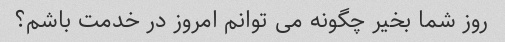
روز شما بخیر چگونه می توانم امروز در خدمت باشم؟